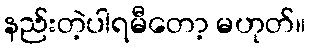
နည်းတဲ့ပါရမီတော့ မဟုတ်။